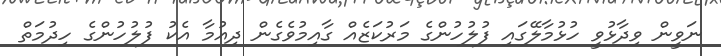
ނަވީން ވިދާޅުވީ ހުޅުމާލޭގައި ފުލުހުންގެ މަރުކަޒެއް ގާއިމުވެގެން ދިއުމާ އެކު ފުލުހުންގެ ހިދުމަތް